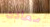
معادن